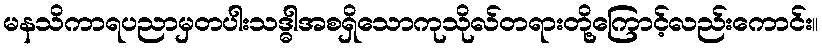
မနသိကာရပညာမှတပါးသဒ္ဓါအစရှိသောကုသိုလ်တရားတို့ကြောင့်လည်းကောင်း။